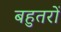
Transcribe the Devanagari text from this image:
बहुतरों